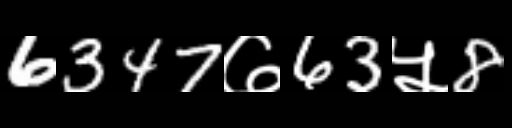
Text: 6347७63५8